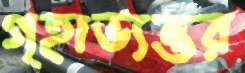
গৃহাভ্যন্তর